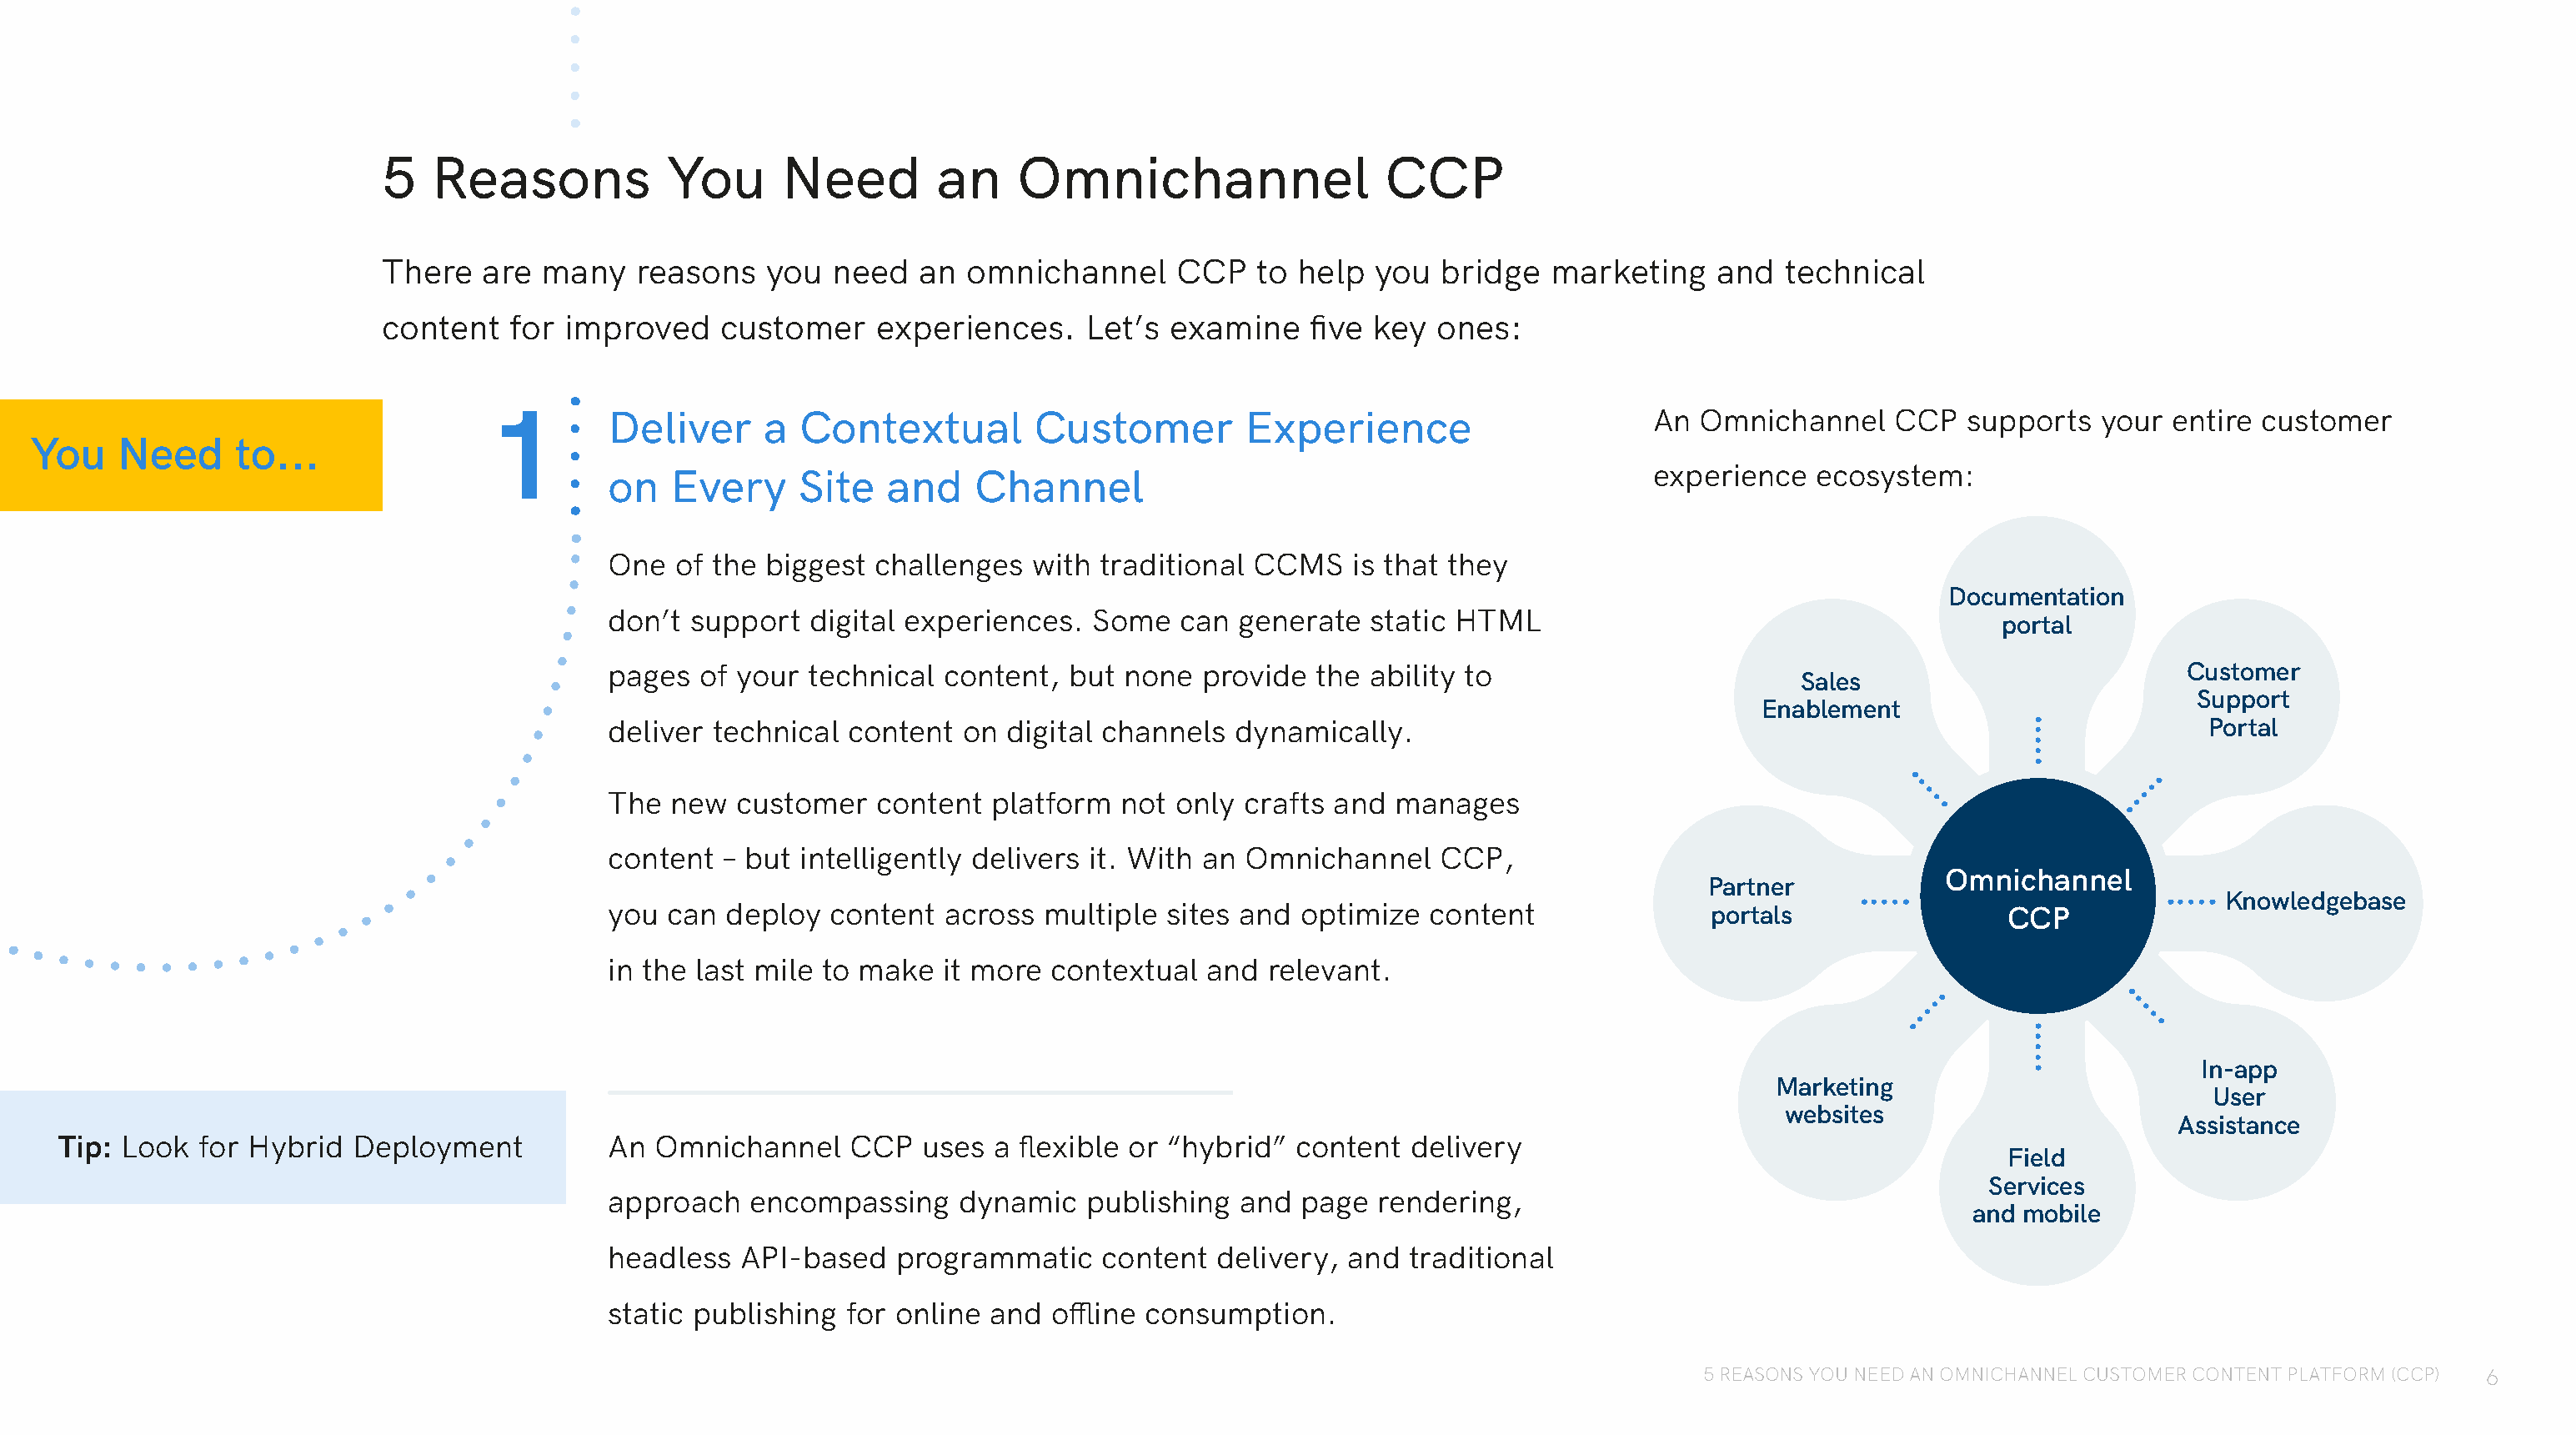
5   Reasons            You      Need        an     Omnichannel                  CCP
 There   are  many   reasons    you  need   an  omnichannel     CCP    to help  you  bridge   marketing    and   technical
 content   for  improved    customer     experiences.    Let’s  examine    five key  ones:
 1        Deliver      a Contextual         Customer         Experience                      An  Omnichannel    CCP   supports   your entire  customer
 You    Need      to...
 experience   ecosystem:
 on   Every     Site   and    Channel
 One   of the biggest challenges   with traditional CCMS    is that they
 Documentation
 don’t  support  digital experiences.   Some   can generate   static HTML
 portal
 pages   of your technical  content,  but none  provide   the ability to                                                       Customer
 Sales
 Support
 Enablement
 deliver  technical content  on  digital channels  dynamically.                                                                 Portal
 The  new  customer    content  platform  not only  crafts and  manages
 content  – but  intelligently delivers it. With an Omnichannel    CCP,
 Omnichannel
 Partner
 Knowledgebase
 you  can  deploy  content  across  multiple  sites and optimize   content               portals                CCP
 in the last mile to make   it more contextual   and  relevant.
 In-app
 Marketing
 User
 websites
 Assistance
 Tip: Look  for Hybrid  Deployment          An  Omnichannel    CCP   uses  a flexible or “hybrid”  content  delivery
 Field
 Services
 approach    encompassing    dynamic   publishing  and  page  rendering,
 and mobile
 headless   API-based   programmatic    content   delivery, and  traditional
 static publishing  for online  and offline consumption.
 5 REASONS YOU NEED AN OMNICHANNEL CUSTOMER CONTENT PLATFORM (CCP) 6